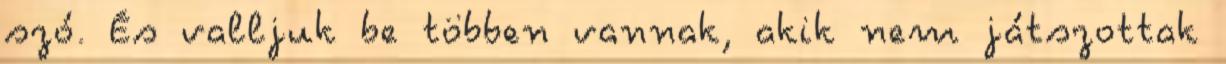
szó. És valljuk be többen vannak, akik nem játszottak